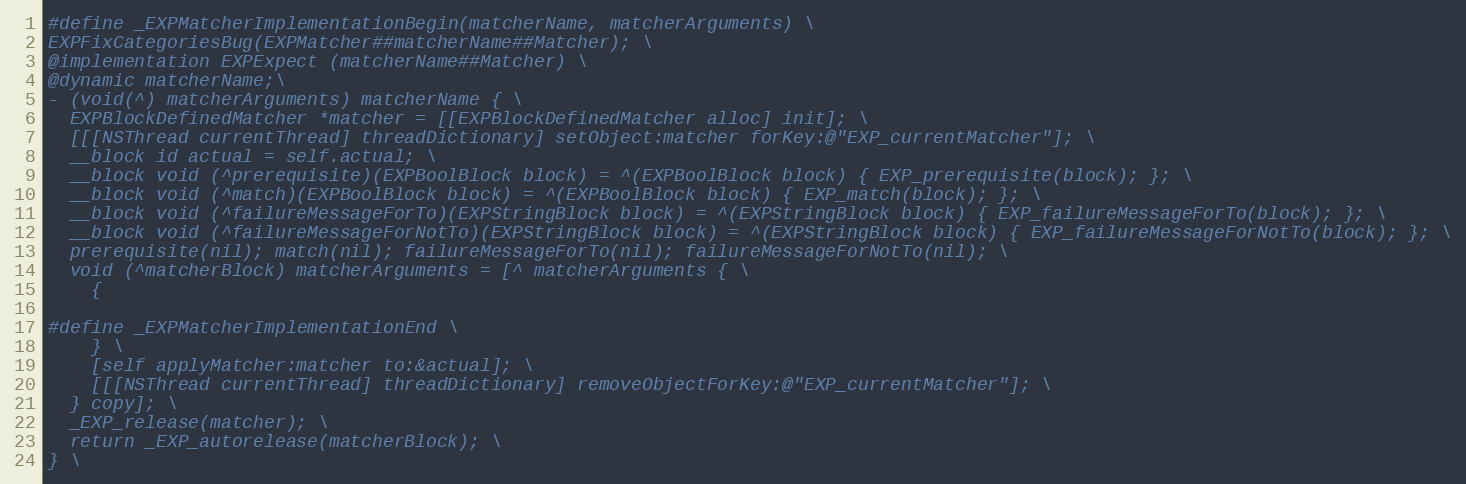
Language: C
#define _EXPMatcherImplementationBegin(matcherName, matcherArguments) \
EXPFixCategoriesBug(EXPMatcher##matcherName##Matcher); \
@implementation EXPExpect (matcherName##Matcher) \
@dynamic matcherName;\
- (void(^) matcherArguments) matcherName { \
  EXPBlockDefinedMatcher *matcher = [[EXPBlockDefinedMatcher alloc] init]; \
  [[[NSThread currentThread] threadDictionary] setObject:matcher forKey:@"EXP_currentMatcher"]; \
  __block id actual = self.actual; \
  __block void (^prerequisite)(EXPBoolBlock block) = ^(EXPBoolBlock block) { EXP_prerequisite(block); }; \
  __block void (^match)(EXPBoolBlock block) = ^(EXPBoolBlock block) { EXP_match(block); }; \
  __block void (^failureMessageForTo)(EXPStringBlock block) = ^(EXPStringBlock block) { EXP_failureMessageForTo(block); }; \
  __block void (^failureMessageForNotTo)(EXPStringBlock block) = ^(EXPStringBlock block) { EXP_failureMessageForNotTo(block); }; \
  prerequisite(nil); match(nil); failureMessageForTo(nil); failureMessageForNotTo(nil); \
  void (^matcherBlock) matcherArguments = [^ matcherArguments { \
    {

#define _EXPMatcherImplementationEnd \
    } \
    [self applyMatcher:matcher to:&actual]; \
    [[[NSThread currentThread] threadDictionary] removeObjectForKey:@"EXP_currentMatcher"]; \
  } copy]; \
  _EXP_release(matcher); \
  return _EXP_autorelease(matcherBlock); \
} \